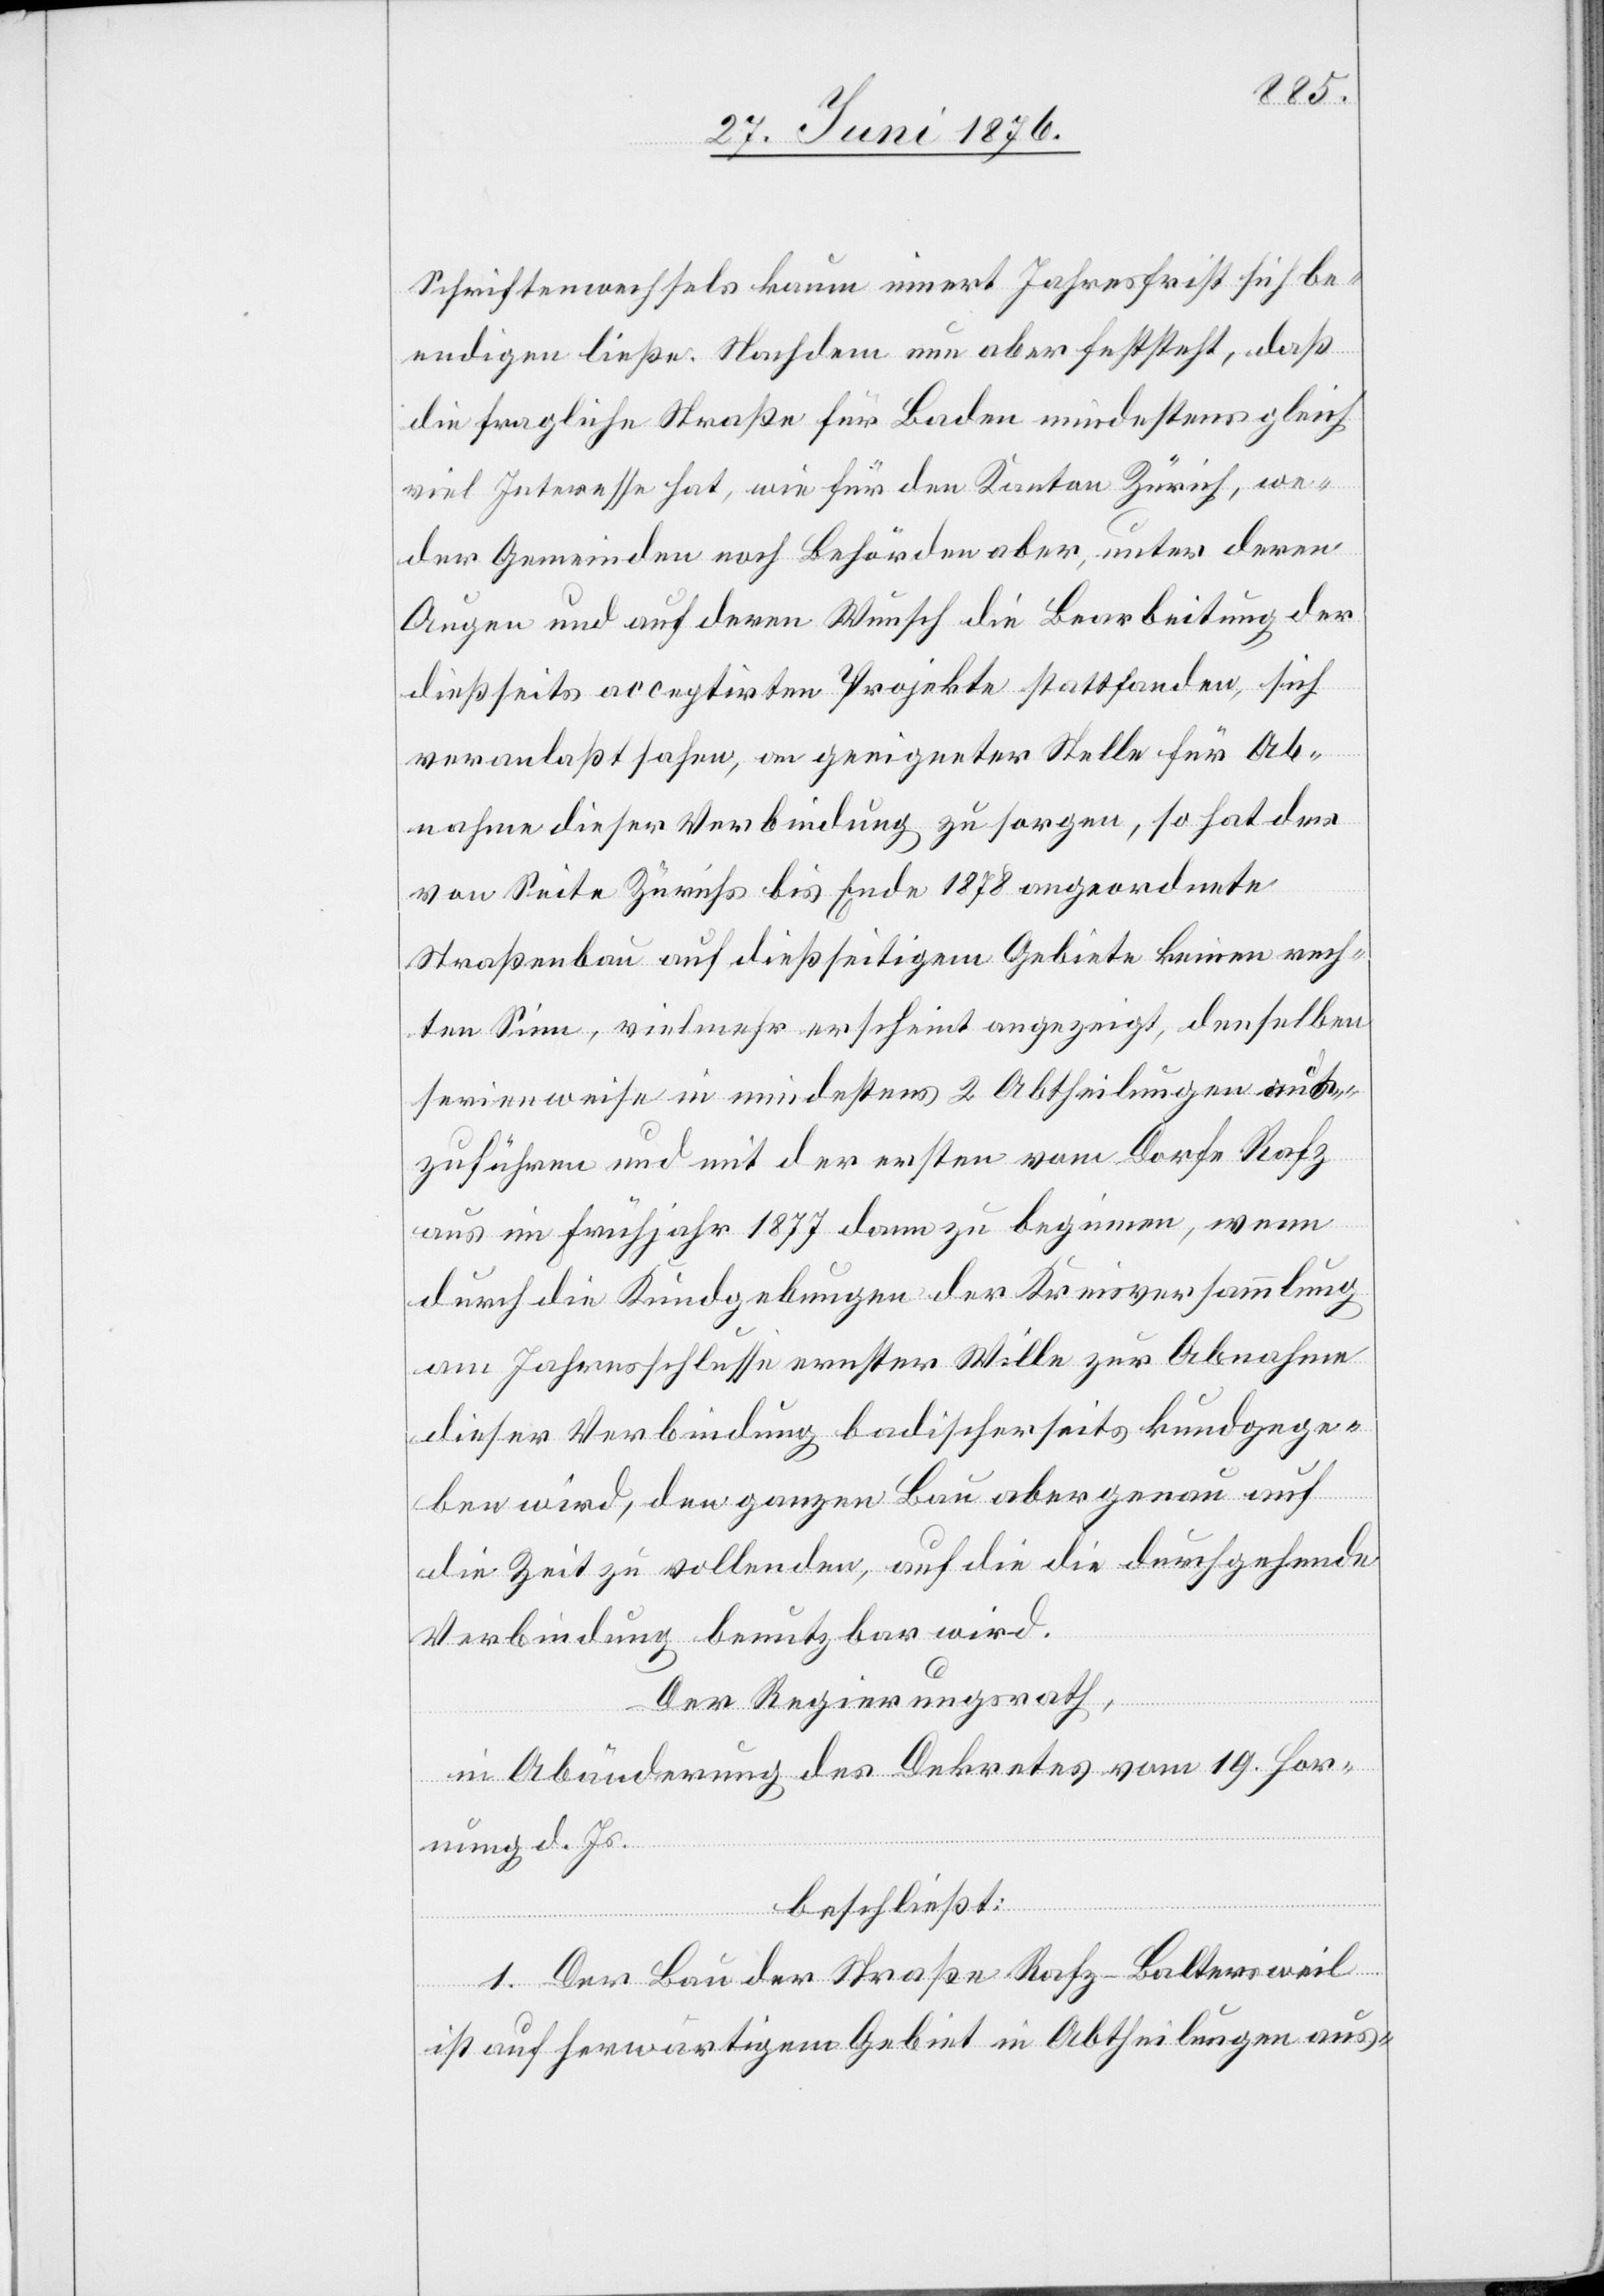
Schriftenwechsels kaum innert Jahresfrist sich be¬
endigen ließe. Nachdem nun aber feststeht, daß
die fragliche Straße für Baden mindestens gleich
viel Interesse hat, wie für den Kanton Zürich, we¬
der Gemeinden noch Behörden aber, unter deren
Augen und auf deren Wunsch die Bearbeitung der
dießseits acceptirten Projekte stattfanden [sic!],
veranlaßt sahen, an geeigneter Stelle für Ab¬
nahme dieser Verbindung zu sorgen, so hat der
von Seite Zürichs bis Ende 1878 angeordnete
Straßenbau auf dießseitigem Gebiete keinen rech¬
ten Sinn, vielmehr erscheint angezeigt, denselben
serienweise in mindestens 2 Abtheilungen aus¬
zuführen und mit der ersten vom Dorfe Rafz
aus im Frühjahr 1877 dann zu beginnen, wenn
durch die Kundgebungen der Kreisversammlung
am Jahresschlusse ernster Wille zur Abnahme
dieser Verbindung badischerseits kundgege¬
ben wird, den ganzen Bau aber genau auf
die Zeit zu vollenden, auf die die durchgehende
Verbindung benutzbar wird.
Der Regierungsrath,
in Abänderung des Dekretes vom 19. Hor¬
nung d. Js.
beschließt:
1. Der Bau der Straße Rafz–Baltersweil
ist auf herwärtigem Gebiet in Abtheilungen aus-